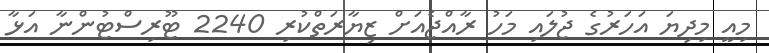
މިއީ މިދިޔަ އަހަރުގެ ޖުލައި މަހު ރާއްޖެއަށް ޒިޔާރަތްކުރި 2240 ޓޫރިސްޓުންނާ އަޅާ